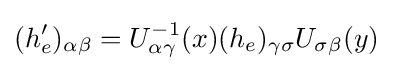
(h'_{e})_{\alpha \beta }=U_{\alpha \gamma }^{-1}(x)(h_{e})_{\gamma \sigma }U_{\sigma \beta }(y)